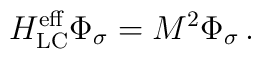
H_{\rm LC}^{\rm eff}\Phi_\sigma=M^2\Phi_\sigma\,.